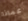
عماذا